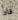
قاد